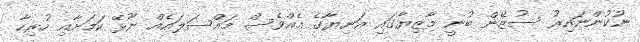
ނުކުންނައިރު ސުޒޭން ބުނީ މާޒިޔާގައި އަނިޔާގެ އެއްވެސް މައްސަލައެއް ނޫޅޭ ކަމަށާއި ހުރިހާ